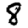
Digit: 8